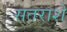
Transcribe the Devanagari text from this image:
सतराशे